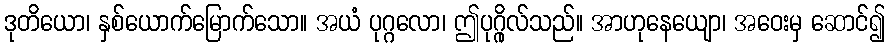
ဒုတိယော၊ နှစ်ယောက်မြောက်သော။ အယံ ပုဂ္ဂလော၊ ဤပုဂ္ဂိုလ်သည်။ အာဟုနေယျော၊ အဝေးမှ ဆောင်၍